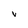
Character: V